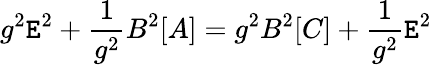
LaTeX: g^{2}\mathtt{E}^{2}+\frac{{1}}{{g^{2}}}B^{2}[A]=g^{2}B^{2}[C]+\frac{{1}}{{g^{2}}}{\cal\mathtt{E}}^{2}